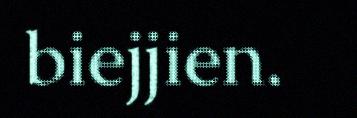
biejjien.